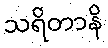
သရိတာနိ